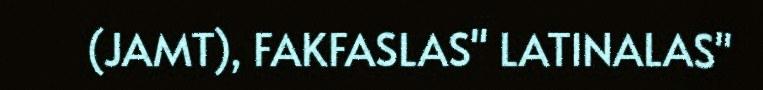
(JAMT), FAKFASLAS" LATINALAS"